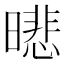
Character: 𣊾